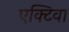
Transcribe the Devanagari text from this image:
एक्टिवा